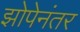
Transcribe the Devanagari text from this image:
झोपेनंतर